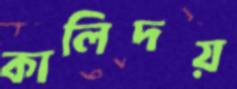
কালিদয়